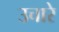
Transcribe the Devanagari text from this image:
उचारे